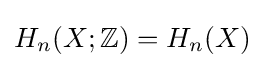
H_{n}(X;\mathbb {Z} )=H_{n}(X)